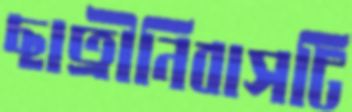
ছাত্রীনিবাসটি